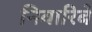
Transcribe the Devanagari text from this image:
निवारिबे